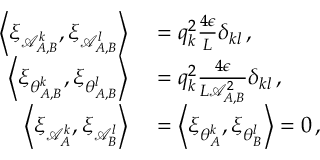
\begin{array} { r l } { \left\langle \xi _ { \mathcal { A } _ { A , B } ^ { k } } , \xi _ { \mathcal { A } _ { A , B } ^ { l } } \right\rangle } & { { } = q _ { k } ^ { 2 } \frac { 4 \epsilon } { L } \delta _ { k l } \, , } \\ { \left\langle \xi _ { \theta _ { A , B } ^ { k } } , \xi _ { \theta _ { A , B } ^ { l } } \right\rangle } & { { } = q _ { k } ^ { 2 } \frac { 4 \epsilon } { L \mathcal { A } _ { A , B } ^ { 2 } } \delta _ { k l } \, , } \\ { \left\langle \xi _ { \mathcal { A } _ { A } ^ { k } } , \xi _ { \mathcal { A } _ { B } ^ { l } } \right\rangle } & { { } = \left\langle \xi _ { \theta _ { A } ^ { k } } , \xi _ { \theta _ { B } ^ { l } } \right\rangle = 0 \, , } \end{array}